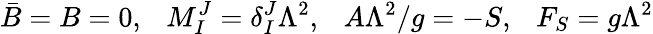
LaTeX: \bar{B}=B=0,~~~M_{I}^{J}=\delta_{I}^{J}\Lambda^{2},~~~A\Lambda^{2}/g=-S,~~~F_{S}=g\Lambda^{2}